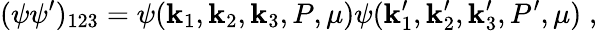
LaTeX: (\psi\psi^{\prime})_{123}=\psi(\mathbf{k}_{1},\mathbf{k}_{2},\mathbf{k}_{3},P,\mu)\psi(\mathbf{k}_{1}^{\prime},\mathbf{k}_{2}^{\prime},\mathbf{k}_{3}^{\prime},P^{\prime},\mu)\; ,